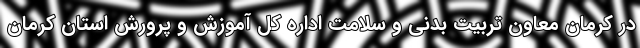
در کرمان معاون تربیت بدنی و سلامت اداره کل آموزش و پرورش استان کرمان